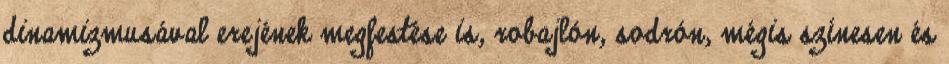
dinamizmusával erejének megfestése is, robajlón, sodrón, mégis színesen és